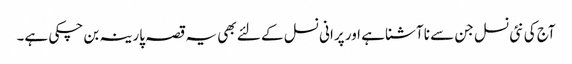
آج کی نئی نسل جن سے نا آشنا ہے اور پرانی نسل کے لئے بھی یہ قصہ پارینہ بن چکی ہے۔